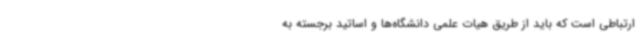
ارتباطی است که باید از طریق هیات علمی دانشگاه‌ها و اساتید برجسته به